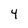
Character: 4